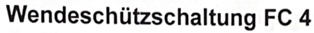
Text: Wendeschützschaltung FC 4